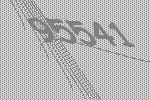
95541